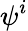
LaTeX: \psi^{i}